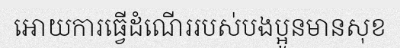
អោយការធ្វើដំណើររបស់បងប្អូនមានសុខ